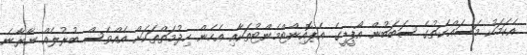
އެކަމަކު މަސައްކަތުގެ ސަބަބުން އޯޕީޑީގެ އެޕޮއިންޓްމެންޓުތަކާއި އެހެން ހިދުމަތްތަކަށް އެއްވެސް ބުރުލެއް ނާރާނެ